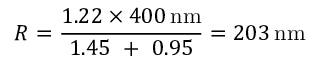
R = { \frac { 1 . 2 2 \times 4 0 0 \, { \mathrm { n m } } } { 1 . 4 5 \ + \ 0 . 9 5 } } = 2 0 3 \, { \mathrm { n m } }